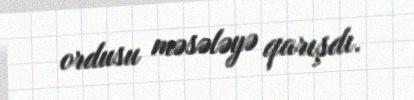
ordusu məsələyə qarışdı.